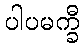
ပါပမက္ခီ